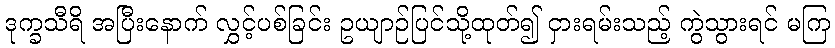
ဒုက္ခသီရိ အပြီးနောက် လွှင့်ပစ်ခြင်း ဥယျာဉ်ပြင်သို့ထုတ်၍ ငှားရမ်းသည့် ကွဲသွားရင် မကြ